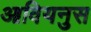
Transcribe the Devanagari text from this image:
आवियनुस